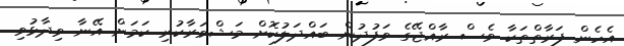
އެހެން ފަރާތްތަކާ ވެސް ރާއްޖޭގެ ވަފުދުން ބައްދަލުކޮށް މަޝްވަރާކުރި ކަމަށް އޭނާ ވިދާޅުވި